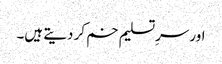
اور سرِتسلیم خم کر دیتے ہیں۔